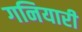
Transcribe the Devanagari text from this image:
गनियारी